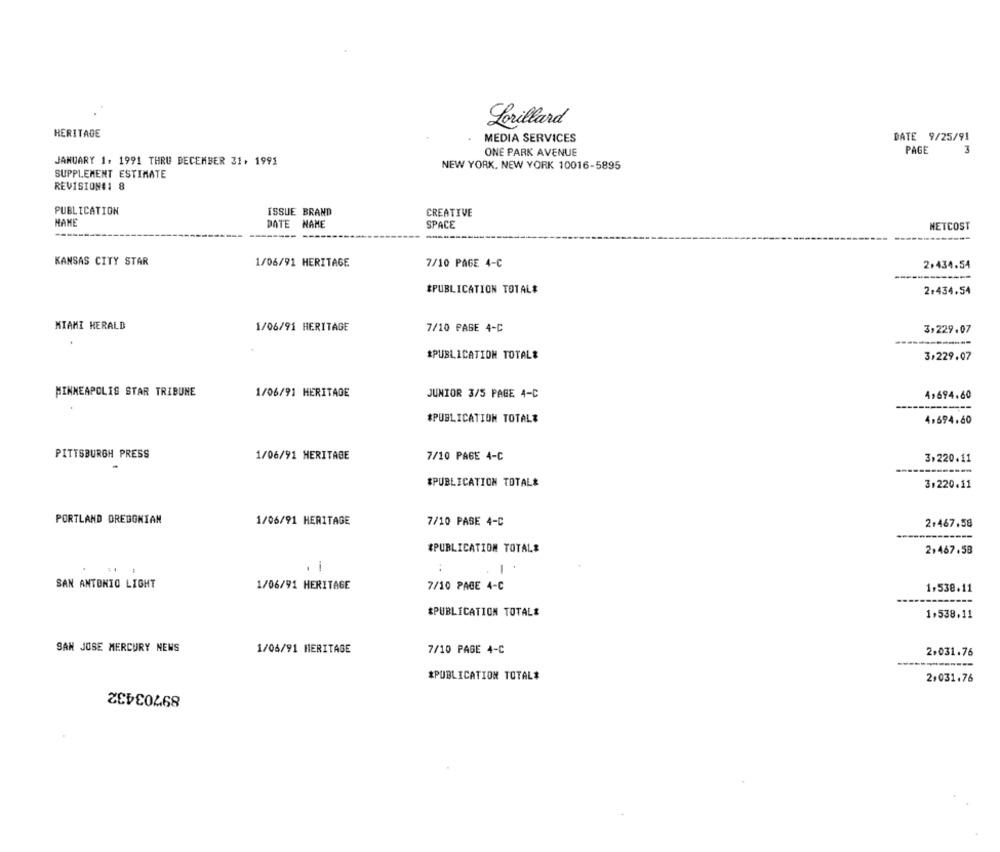
Lorillard
HERITAGE
MEDIA SERVICES
DATE 9/25/91
ONE PARK AVENUE
PAGE
3
JANUARY 1, 1991 THRU DECEMBER 31. 1991
NEW YORK, NEW YORK 10016-5895
SUPPLEMENT ESTIMATE
REVISION#1 8
PUBLICATION
ISSUE BRAND
CREATIVE
HAME
DATE NAME
SPACE
NETCOST
KANSAS CITY STAR
1/06/91 HERITAGE
7/10 PAGE 4-C
2,434.54
*PUBLICATION TOTAL#
2.434.54
MIAMI HERALD
1/06/91 HERITAGE
7/10 PAGE 4-C
3,229.07
*PUBLICATION TOTAL&
3,229.07
MINNEAPOLIS STAR TRIBUNE
JUNIOR 3/5 PAGE 4-C
1/06/91 HERITAGE
4,694.60
$PUBLICATION TOTALE
4,694.60
PITTSBURGH PRESS
1/06/91 HERITAGE
7/10 PAGE 4-C
3,220.11
------
$PUBLICATION TOTALE
3.220.11
PORTLAND OREGONIAN
7/10 PASE 4-C
1/06/91 HERITAGE
2.467.58
------
*PUBLICATION TOTALE
2,467.58
-
1
SAN ANTONIO LIGHT
1/06/91 HERITAGE
7/10 PAGE 4-C
1,538.11
*PUBLICATION TOTALE
1,538.11
SAN JOSE MERCURY NEWS
1/06/91 HERITAGE
7/10 PAGE 4-C
2,031.76
*PUBLICATION TOTAL#
2,031.76
89703432